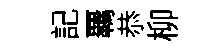
記覊恭柳